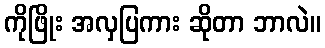
ကိုဖြိုး အလှပြကား ဆိုတာ ဘာလဲ။